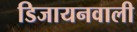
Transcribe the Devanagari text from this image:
डिजायनवाली